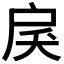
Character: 𢨾